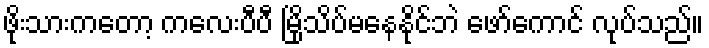
ဖိုးသားကတော့ ကလေးပီပီ မြိုသိပ်မနေနိုင်ဘဲ ဖော်ကောင် လုပ်သည်။